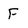
Character: F